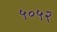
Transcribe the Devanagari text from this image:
५०५२